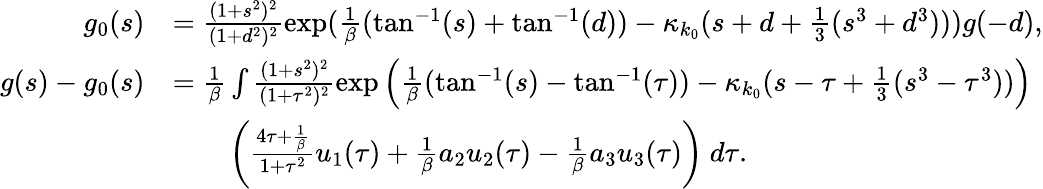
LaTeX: \begin{array}{rl}{g_{0}(s)}&{=\frac{(1+s^{2})^{2}}{(1+d^{2})^{2}}\exp(\frac 1\beta(\tan^{-1}(s)+\tan^{-1}(d))-\kappa_{k_{0}}(s+d+\frac 13(s^{3}+d^{3})))g(-d),}\\ {g(s)-g_{0}(s)}&{=\frac 1\beta\int\frac{(1+s^{2})^{2}}{(1+\tau^{2})^{2}}\exp\left(\frac 1\beta(\tan^{-1}(s)-\tan^{-1}(\tau))-\kappa_{k_{0}}(s-\tau+\frac 13(s^{3}-\tau^{3}))\right)}\\ &{\qquad\left(\frac{4\tau+\frac 1\beta}{1+\tau^{2}}u_{1}(\tau)+\frac 1\beta a_{2}u_{2}(\tau)-\frac 1\beta a_{3}u_{3}(\tau)\right)\ d\tau.}\end{array}